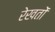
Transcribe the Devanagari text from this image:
रेखतों